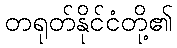
တရုတ်နိုင်ငံတို့၏